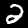
Label: 2